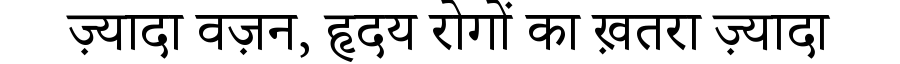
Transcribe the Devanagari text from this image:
ज़्यादा वज़न, हृदय रोगों का ख़तरा ज़्यादा